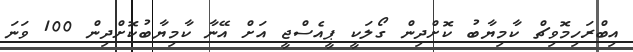
އިބްރަހިމޮވިޗް ކާމިޔާބު ކޮށްދިން ގޯލަކީ ޕީއެސްޖީ އަށް އޭނާ ކާމިޔާބުކޮށްދިން 100 ވަނަ